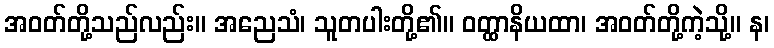
အဝတ်တို့သည်လည်း။ အညေသံ၊ သူတပါးတို့၏။ ဝတ္ထာနိယထာ၊ အဝတ်တို့ကဲ့သို့။ န၊